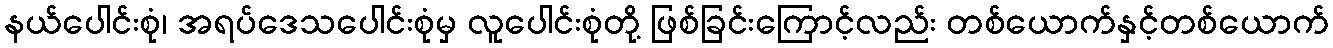
နယ်ပေါင်းစုံ၊ အရပ်ဒေသပေါင်းစုံမှ လူပေါင်းစုံတို့ ဖြစ်ခြင်းကြောင့်လည်း တစ်ယောက်နှင့်တစ်ယောက်